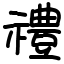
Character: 禮